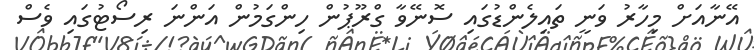
އޭނާއަށް މިހާރު ވަނީ ތައިލެންޑުގައި ސޮނޭވާ ގްރޫޕުން ހިންގަމުން އަންނަ ރިސޯޓުގައި ވެސް